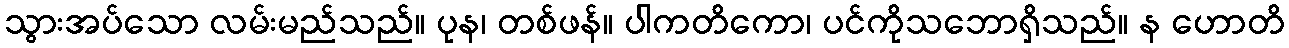
သွားအပ်သော လမ်းမည်သည်။ ပုန၊ တစ်ဖန်။ ပါကတိကော၊ ပင်ကိုသဘောရှိသည်။ န ဟောတိ